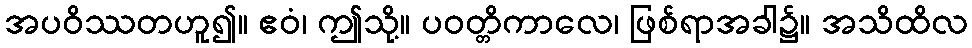
အပဝိဿတဟူ၍။ ဧဝံ၊ ဤသို့။ ပဝတ္တိကာလေ၊ ဖြစ်ရာအခါ၌။ အသိထိလ